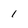
Character: 1